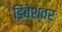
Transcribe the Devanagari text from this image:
डिंबेश्वर